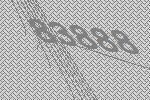
83888